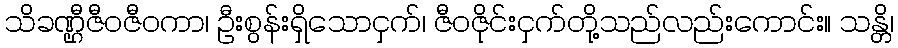
သိခဏ္ဌီဇီဝဇီဝကာ၊ ဦးစွန်းရှိသောငှက်၊ ဇီဝဇိုင်းငှက်တို့သည်လည်းကောင်း။ သန္တိ၊